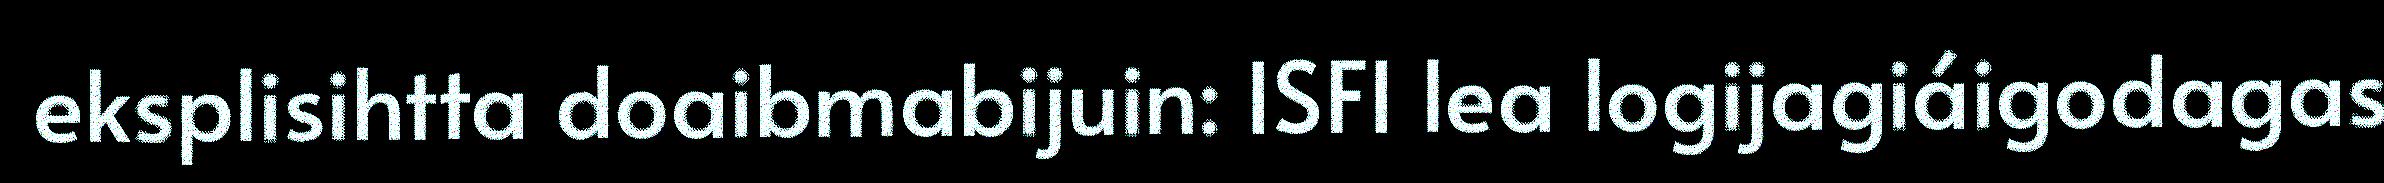
eksplisihtta doaibmabijuin: ISFI lea logijagiáigodagas